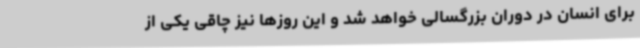
برای انسان در دوران بزرگسالی خواهد شد و این روزها نیز چاقی یکی از